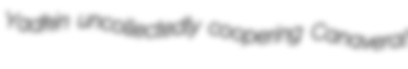
Yadkin uncollectedly coopering Canaveral